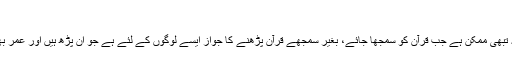
تذکر وتدبر
تذکر کا مطلب ہے قرآن سے نصیحت حاصل کرنا اور تدبر کا مطلب ہے قرآن میں غوروفکر کرنا، یہ تبھی ممکن ہے جب قرآن کو سمجھا جائے، بغیر سمجھے قرآن پڑھنے کا جواز ایسے لوگوں کے لئے ہے جو اَن پڑھ ہیں اور عمر بھی گزر چکی ہے باقی تعلیم یافتہ لوگوں کے لئے ضروری ہے کہ وہ فہم قرآن کو علماء سے سیکھیں۔